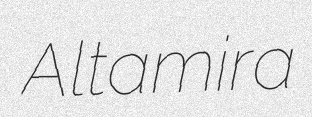
Altamira